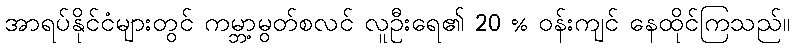
အာရပ်နိုင်ငံများတွင် ကမ္ဘာ့မွတ်စလင် လူဦးရေ၏ 20 % ဝန်းကျင် နေထိုင်ကြသည်။